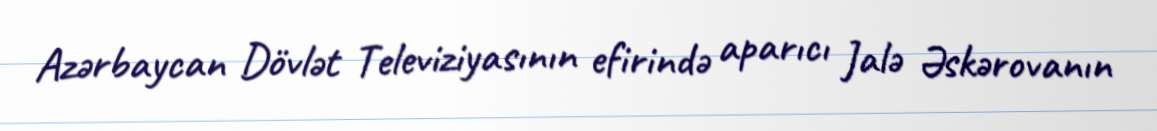
Azərbaycan Dövlət Televiziyasının efirində aparıcı Jalə Əskərovanın